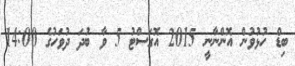
ބިޑް ހުޅުވުން އޮންނާނީ 2015 އޮގަސްޓު 5 ވާ ބުދަ ދުވަހުގެ 14:00